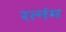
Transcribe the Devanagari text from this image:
रत्नंम